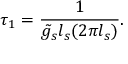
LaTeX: \tau _ { 1 } = \frac { 1 } { \tilde { g } _ { s } l _ { s } ( 2 \pi l _ { s } ) } .